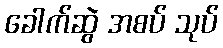
ခေါက်ဆွဲ အစပ် သုပ်